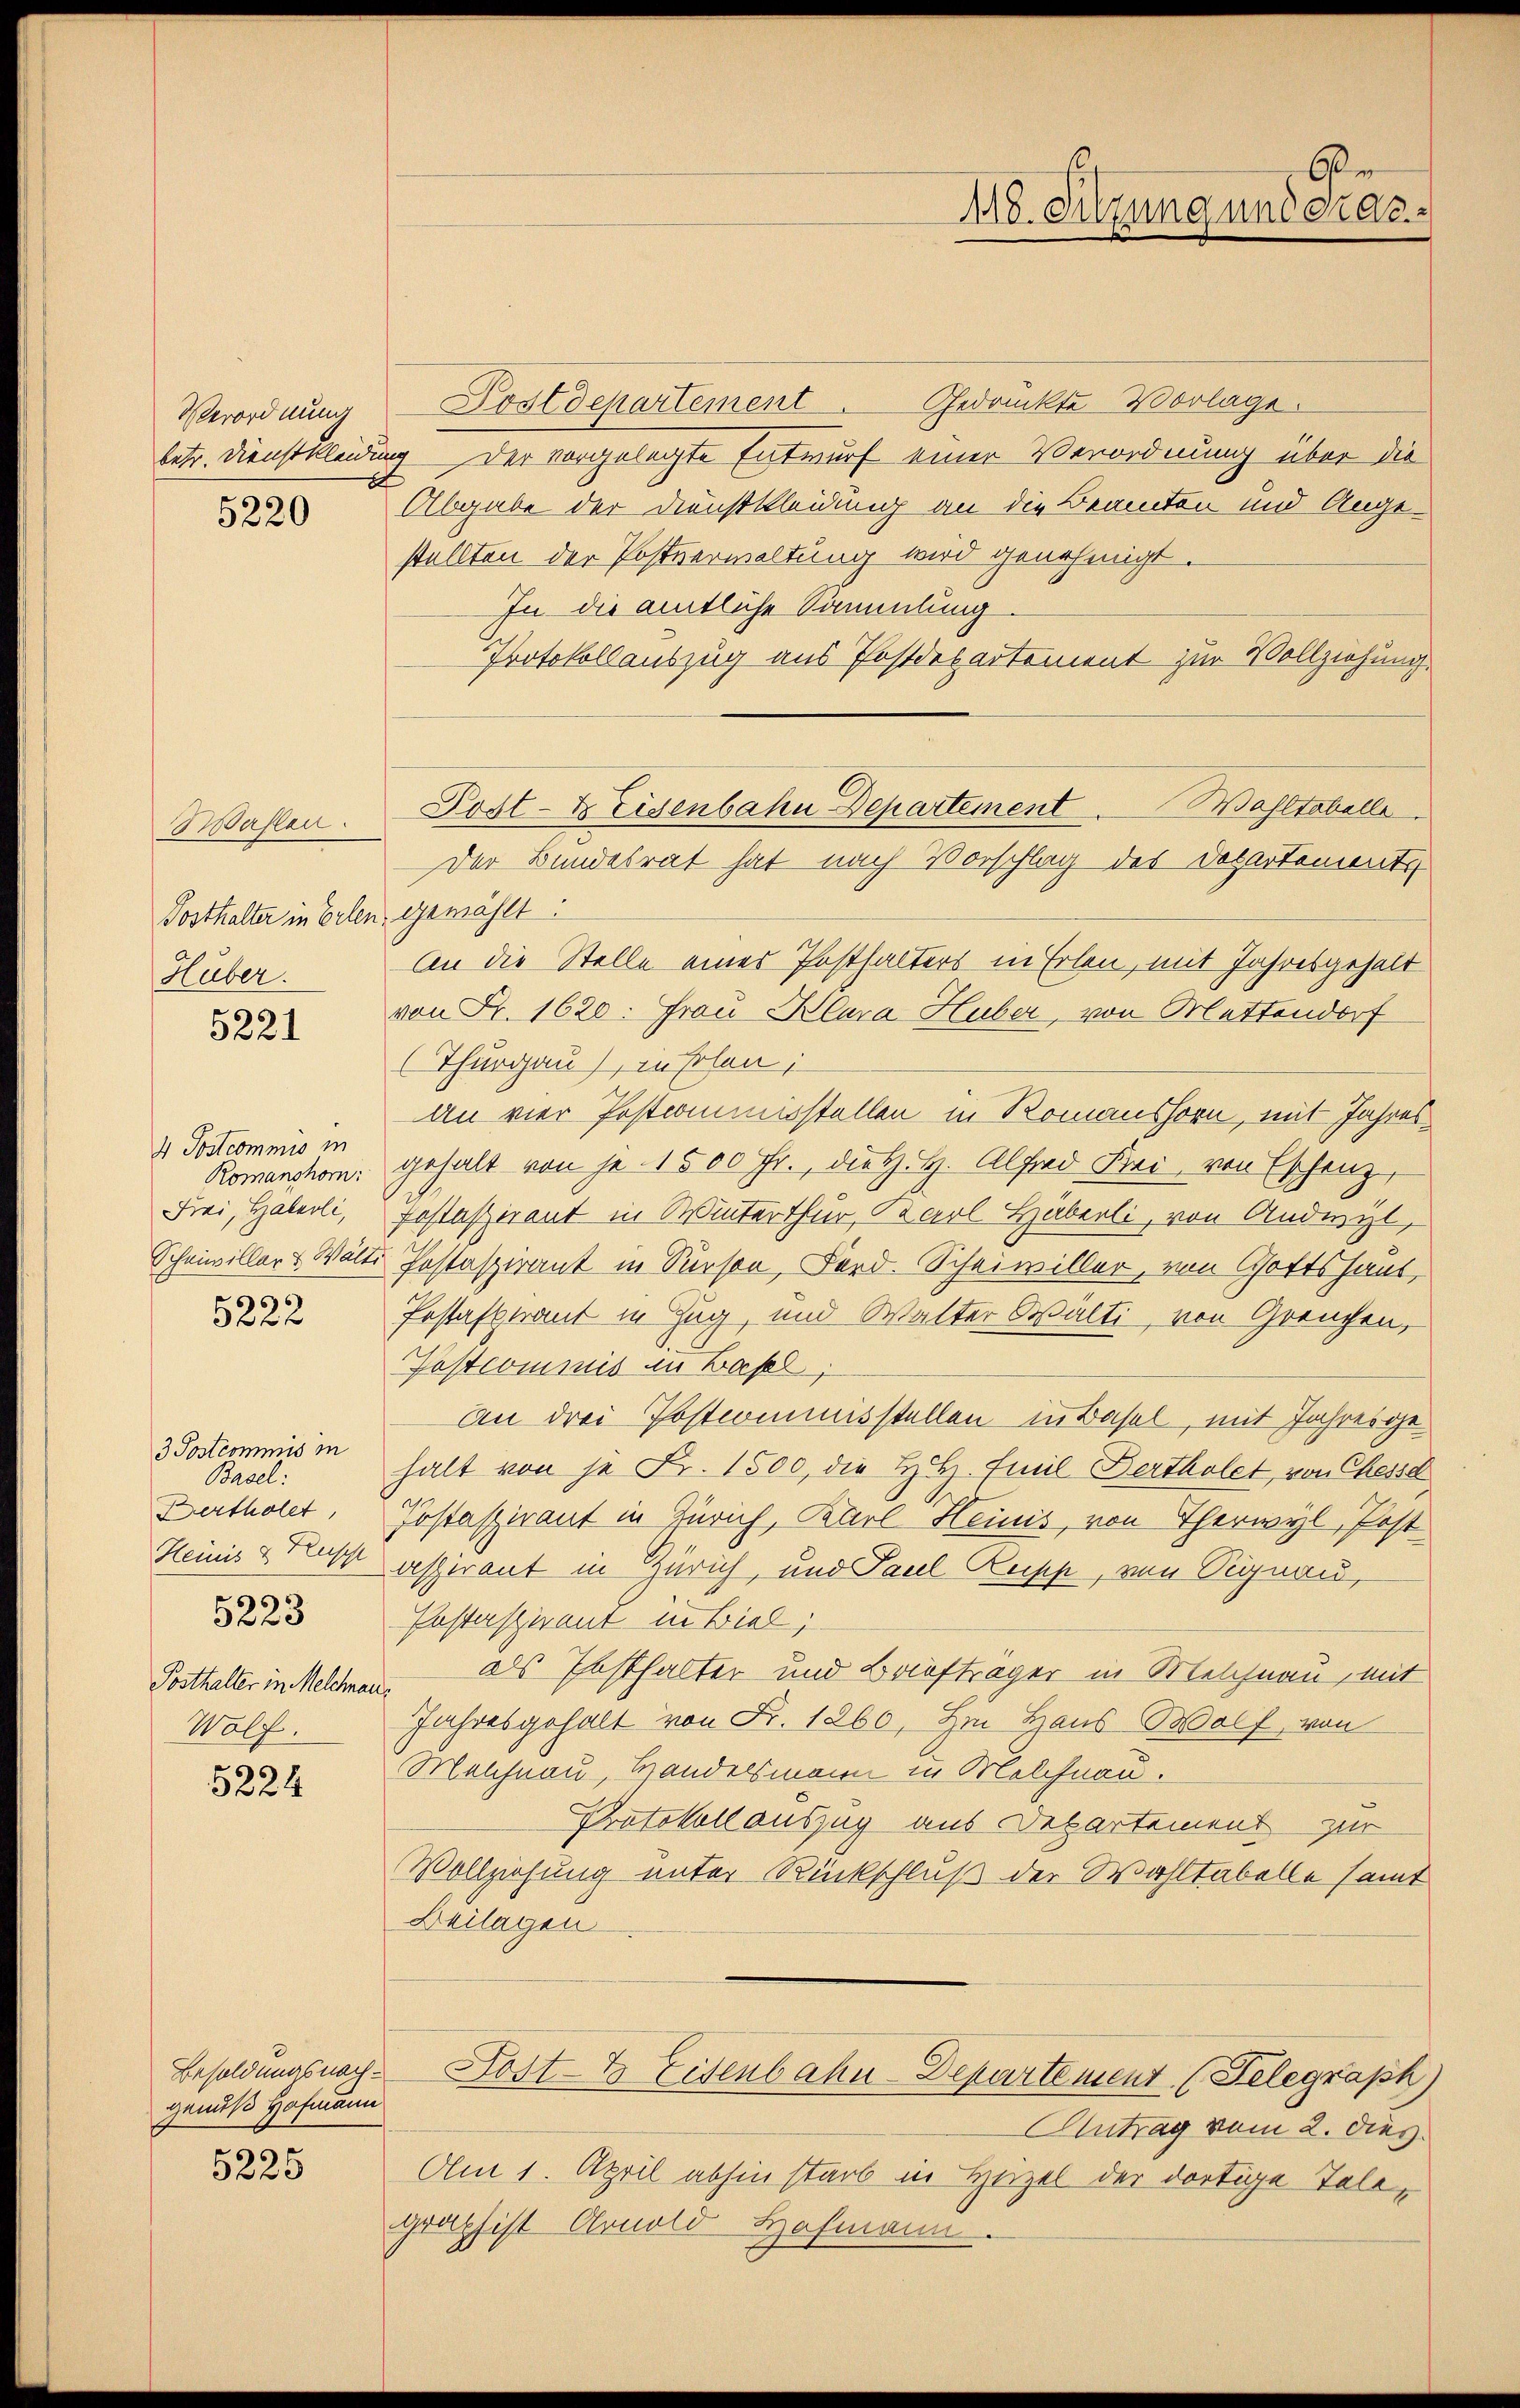
Verordnung
B
5220

Hahlen.
Posthalter in Erlen
Hüber.
5221

4 Postcommis in
Romanshorn:
Frei, Habeoli,
Schmiwiller & Wält.
5222

3 Postcommis in
Basel:
Bertholet,
Heinis & Kuscht
5223
Posthalter in Melchnau
Wolf.
5224

Besoldungsnachgenuß Hofmann
5225

Postdepartement. Gedankte Vorlage.
betr. Dienstkleidung der vorgelegte Entwurf einer Verordnung über die
E
Abgabe der Dienstkleidung an die Beamten und Angestellten der Postverwaltung wird genehmigt.
In die amtliche Sammlung.
Protokollauszug aus Postdepartement zur Vollziehung.
Der Bundesrat hat nach Vorschlag des Departements
gewählt:
An die Stelle einer Posthalters in Erlen, mit Jahresgehalt
von Fr. 1620. Frau Klara Huber, von Mettendorf
(Thurgau), in holen;
an vier Postcommisstellen in Romanshorn, mit Jahresgehalt von je 1500 Fr., die H. H. Alfred Frei, von Eschenz,
Fostasirent in Winterthur, Karl Häberli, von Andryl,
Postaspirant in Person, Ford. Scheiwiller, von Gottshaus,
Postaftirant in Zug, und Walter Wälti, von Grenzen,
Postcommis in Basel,
An drei Postcommisstellen in Basel, mit Jahresgehalt von je Fr. 1500, die H. Emil Bertholet, von Chesse
Jostaszirant in Zürich, Karl Heinis, von Therwyl, Post
aspirant in Zürich, und Paul Reisch, von Signau,
Enstaspirant in Biel;
 als Ersthalter und Briefträger in Melchnau, mit
Jahresgehalt von Fr. 1260. Im Haus Wolf, von
Melchnau, Handelsmann in Melchnau.
Protokollauszug aus Departement zur
Vollziehung unter Rückschluß der Wahltabelle samt
Beilagen
Dost-E Eisenbahn Departement (Felegraph)
Antrag vom 2. dies
Am 1. April abhin starb in Hirzel der dortige Telegraphist Arnold Hofmann.

Oen
118. Sitzung und erac

Post-Beisenbahn Departement Waltabelle